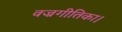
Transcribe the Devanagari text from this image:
वज्रगीतिका।